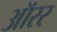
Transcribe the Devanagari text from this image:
ऑरर